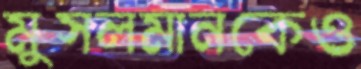
মুসলমানকেও